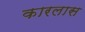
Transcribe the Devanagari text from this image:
कारलास